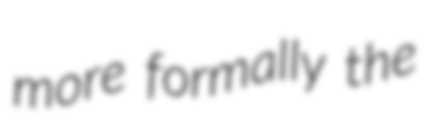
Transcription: more formally the